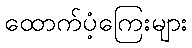
ထောက်ပံ့ကြေးများ